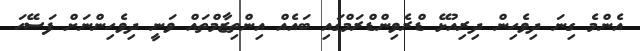
އެންމެ ގިނަ ދިވެހިން ދިރިއުޅޭ ޑްރެވިންޑްރަމްގައި ބައެއް އިންތިޒާމްތައް ވަނީ ދިވެހިންނަށް ފަސޭހަ